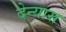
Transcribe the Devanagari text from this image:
देन्यास